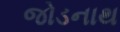
જોડનાથ